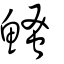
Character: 鰠